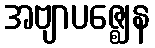
အဗျာပဇ္ဈေန